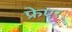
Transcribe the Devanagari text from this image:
फ्रेएर